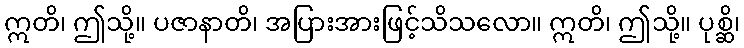
ဣတိ၊ ဤသို့။ ပဇာနာတိ၊ အပြားအားဖြင့်သိသလော။ ဣတိ၊ ဤသို့။ ပုစ္ဆိ၊